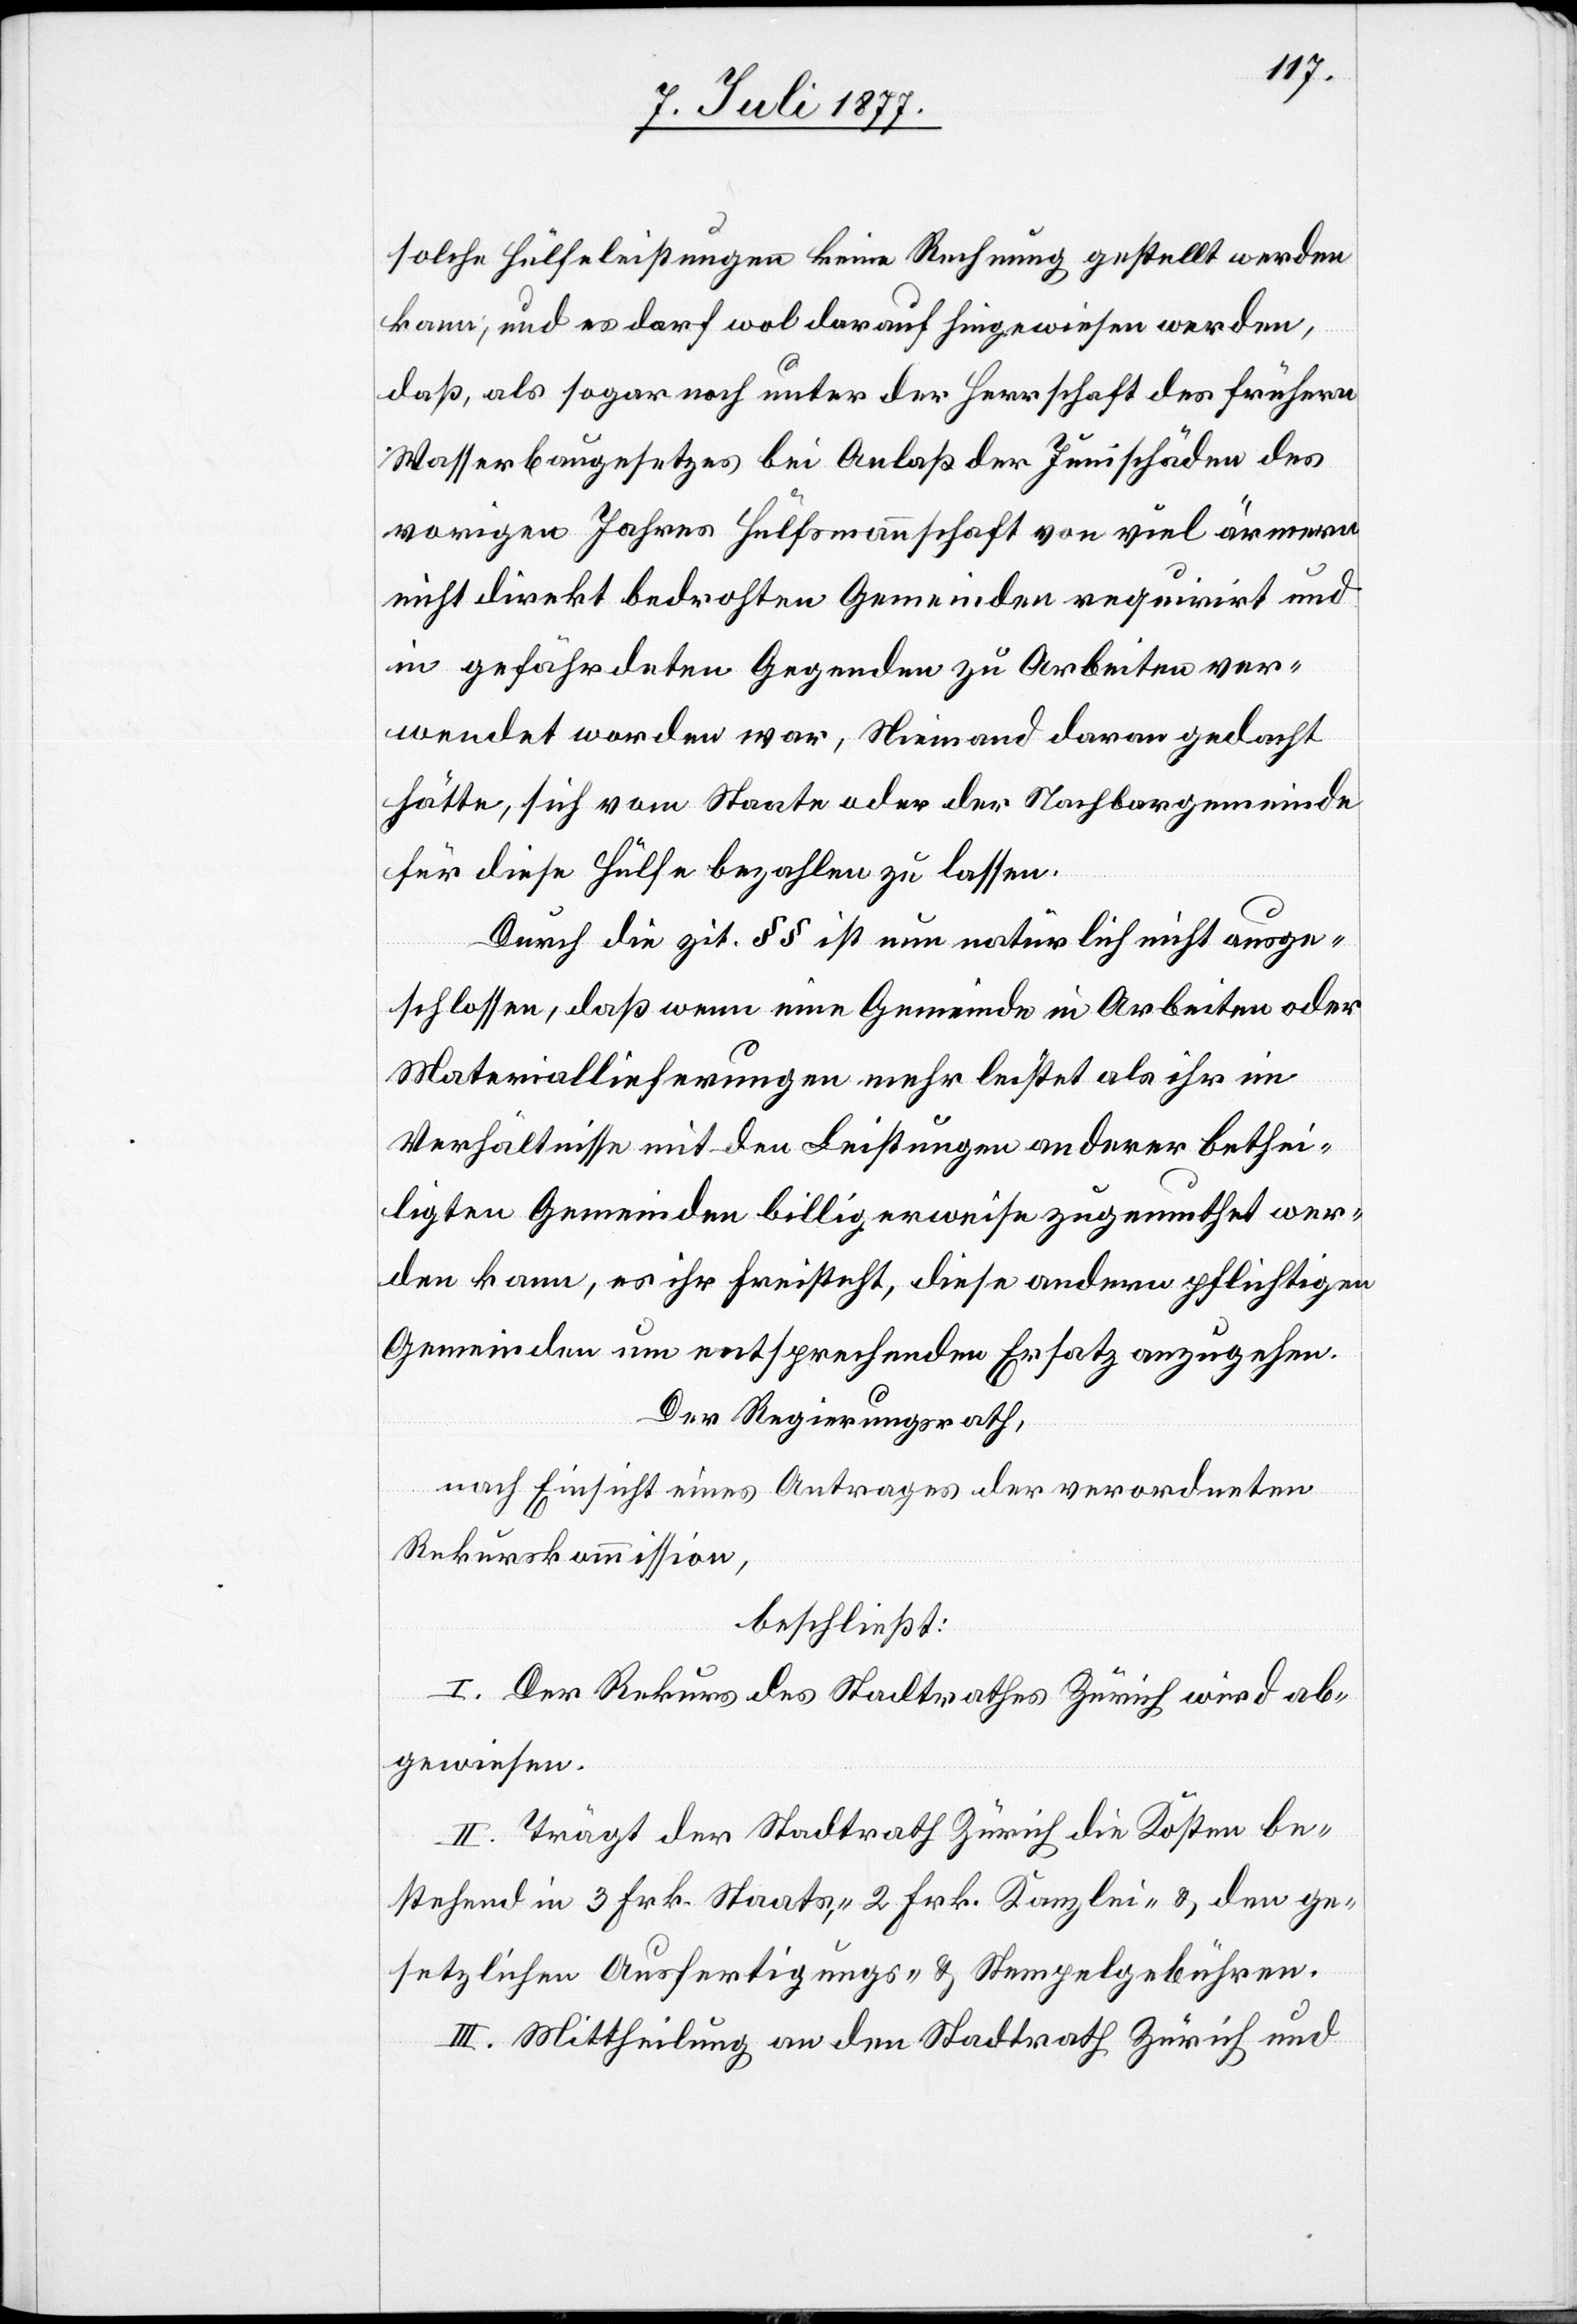
solche Hülfeleistungen keine Rechnung gestellt werden
kann, und es darf wol darauf hingewiesen werden,
daß, als sogar noch unter der Herrschaft des frühern
Wasserbaugesetzes bei Anlaß der Junischäden des
vorigen Jahres Hülfsmannschaft von viel ärmern
nicht direkt bedrohten Gemeinden requirirt und
in gefährdeten Gegenden zu Arbeiten ver¬
wendet worden war, Niemand daran gedacht
hätte, sich vom Staate oder der Nachbargemeinde
für diese Hülfe bezahlen zu lassen.
Durch die zit. §§ ist nun natürlich nicht ausge¬
schlossen, daß wenn eine Gemeinde in Arbeiten oder
Materiallieferungen mehr leistet als ihr im
Verhältnisse mit den Leistungen anderer bethei¬
ligten Gemeinden billigerweise zugemuthet wer¬
den kann, es ihr freisteht, diese andern pflichtigen
Gemeinden um entsprechenden Ersatz anzugehen.
Der Regierungsrath,
nach Einsicht eines Antrages der verordneten
Rekurskommission,
beschließt:
I. Der Rekurs des Stadtrathes Zürich wird ab¬
gewiesen.
II. Trägt der Stadtrath Zürich die Kosten be¬
stehend in 3 Frk. Staats-, 2 Frk. Kanzlei- & den ge¬
setzlichen Ausfertigungs- & Stempelgebühren.
III. Mittheilung an den Stadtrath Zürich und